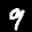
Label: 9